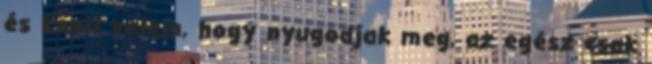
és közli velem, hogy nyugodjak meg, az egész csak